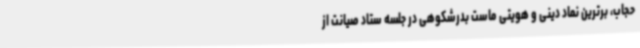
حجاب، برترین نماد دینی و هویتی ماست بدرشکوهی در جلسه ستاد صیانت از